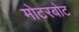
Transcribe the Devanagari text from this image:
मोटरबोट